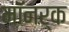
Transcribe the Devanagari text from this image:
मॉनर्क